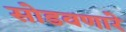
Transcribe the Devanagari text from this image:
सोडवणारे